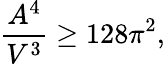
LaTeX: \frac{A^{4}}{V^{3}}\ge 128\pi^{2},